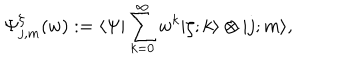
LaTeX: \Psi _ { j , m } ^ { \zeta } ( w ) : = \langle \Psi \vert \sum _ { k = 0 } ^ { \infty } w ^ { k } \vert \zeta ; k \rangle \otimes \vert j ; m \rangle ,